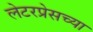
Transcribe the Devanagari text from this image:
लेटरप्रेसच्या